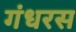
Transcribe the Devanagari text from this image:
गंधरस